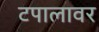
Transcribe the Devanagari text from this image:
टपालावर